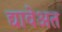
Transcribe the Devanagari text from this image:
द्यावेअत